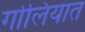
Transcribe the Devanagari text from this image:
गोलियात